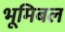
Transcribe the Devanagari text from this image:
भूमिबल